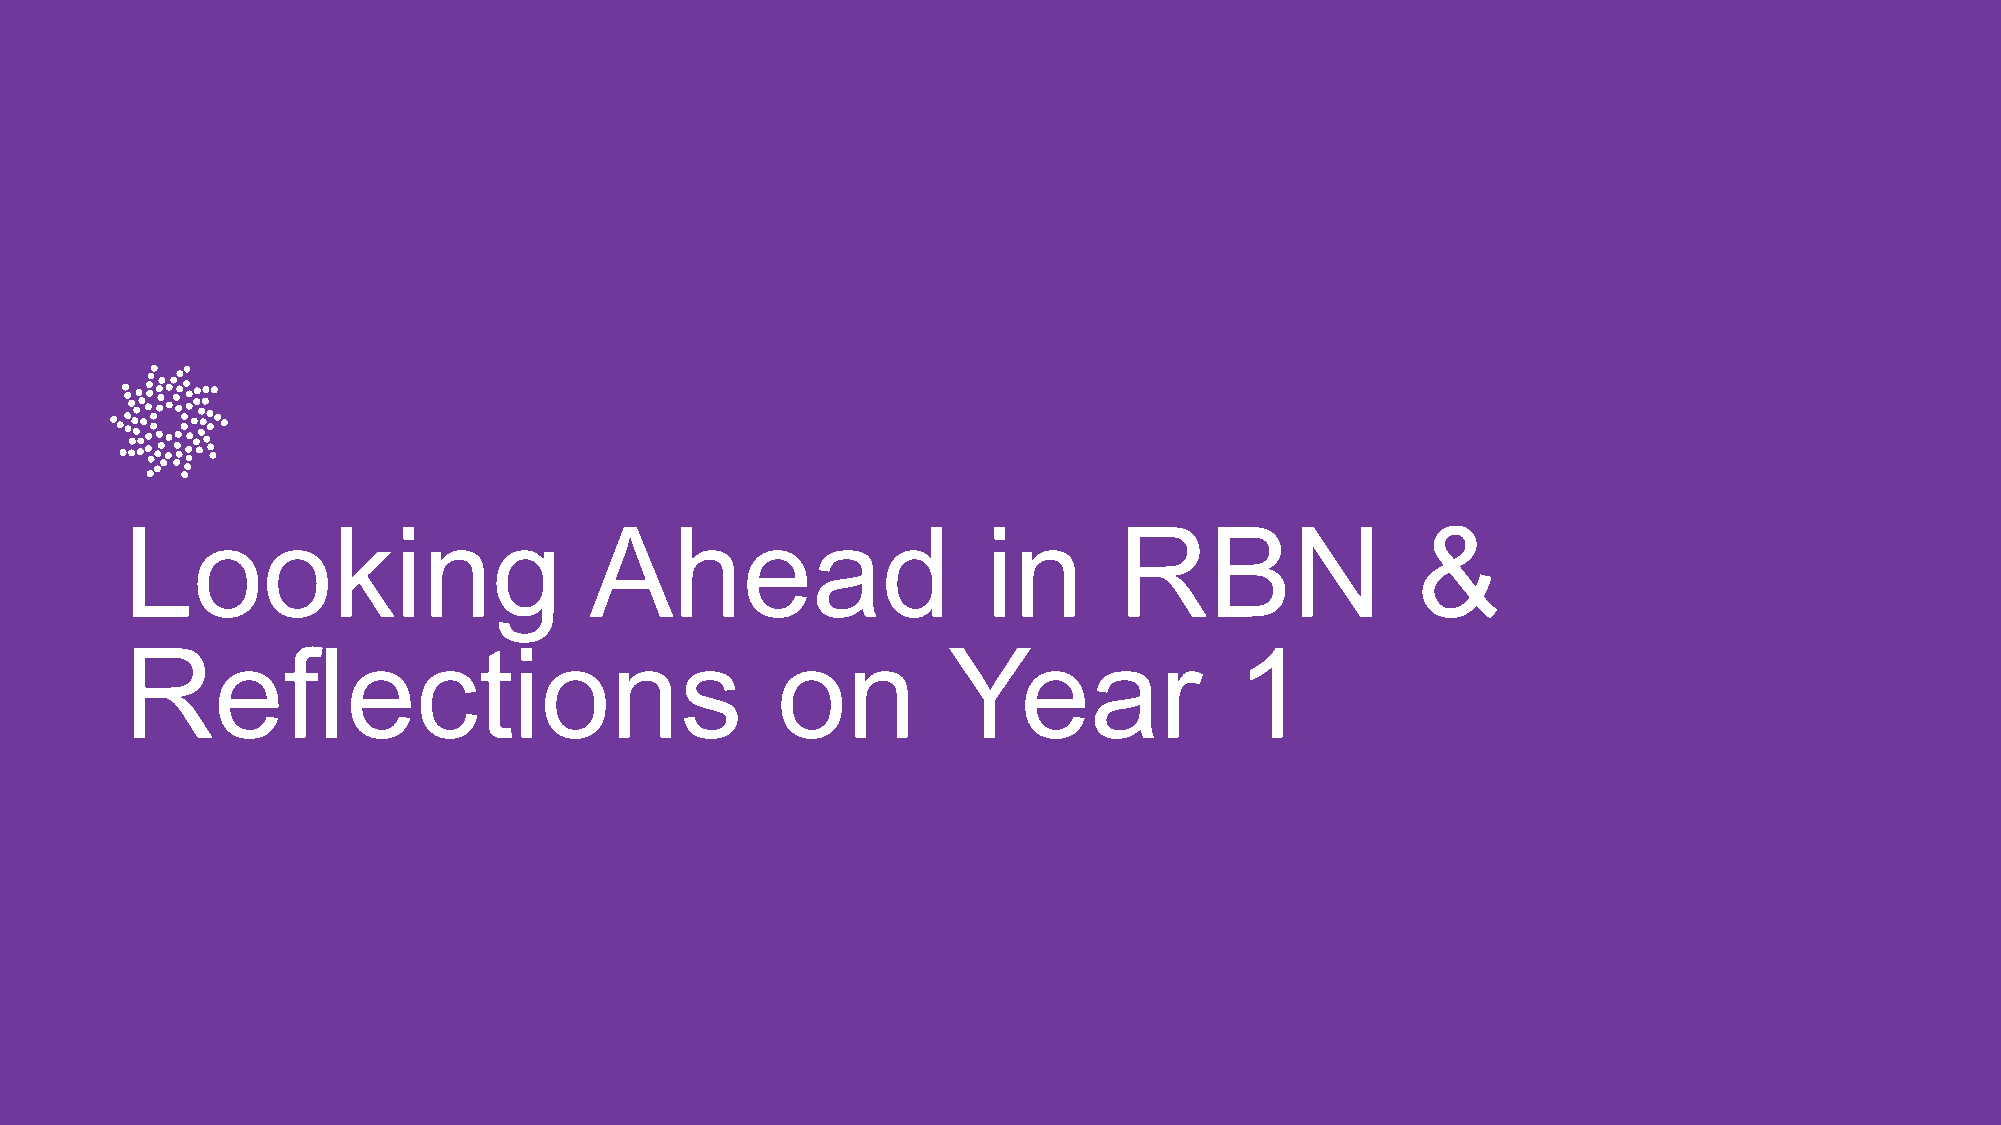
Looking                        Ahead                     in       RBN                 &
 Reflections                                on          Year               1